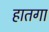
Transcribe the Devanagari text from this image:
हातगा